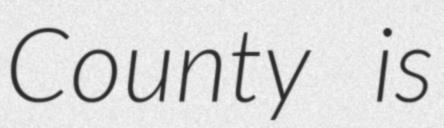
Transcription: County is